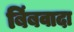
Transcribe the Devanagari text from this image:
बिंबवादा